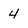
Character: 4